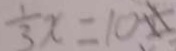
\frac { 1 } { 3 } x = 1 0